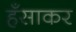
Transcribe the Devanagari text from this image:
हँसाकर